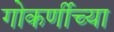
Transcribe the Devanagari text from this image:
गोकर्णीच्या